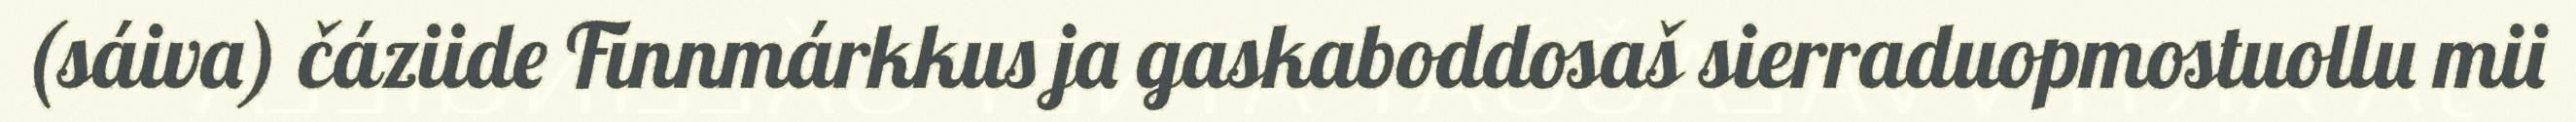
(sáiva) čáziide Finnmárkkus ja gaskaboddosaš sierraduopmostuollu mii